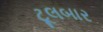
ટૂલબાર